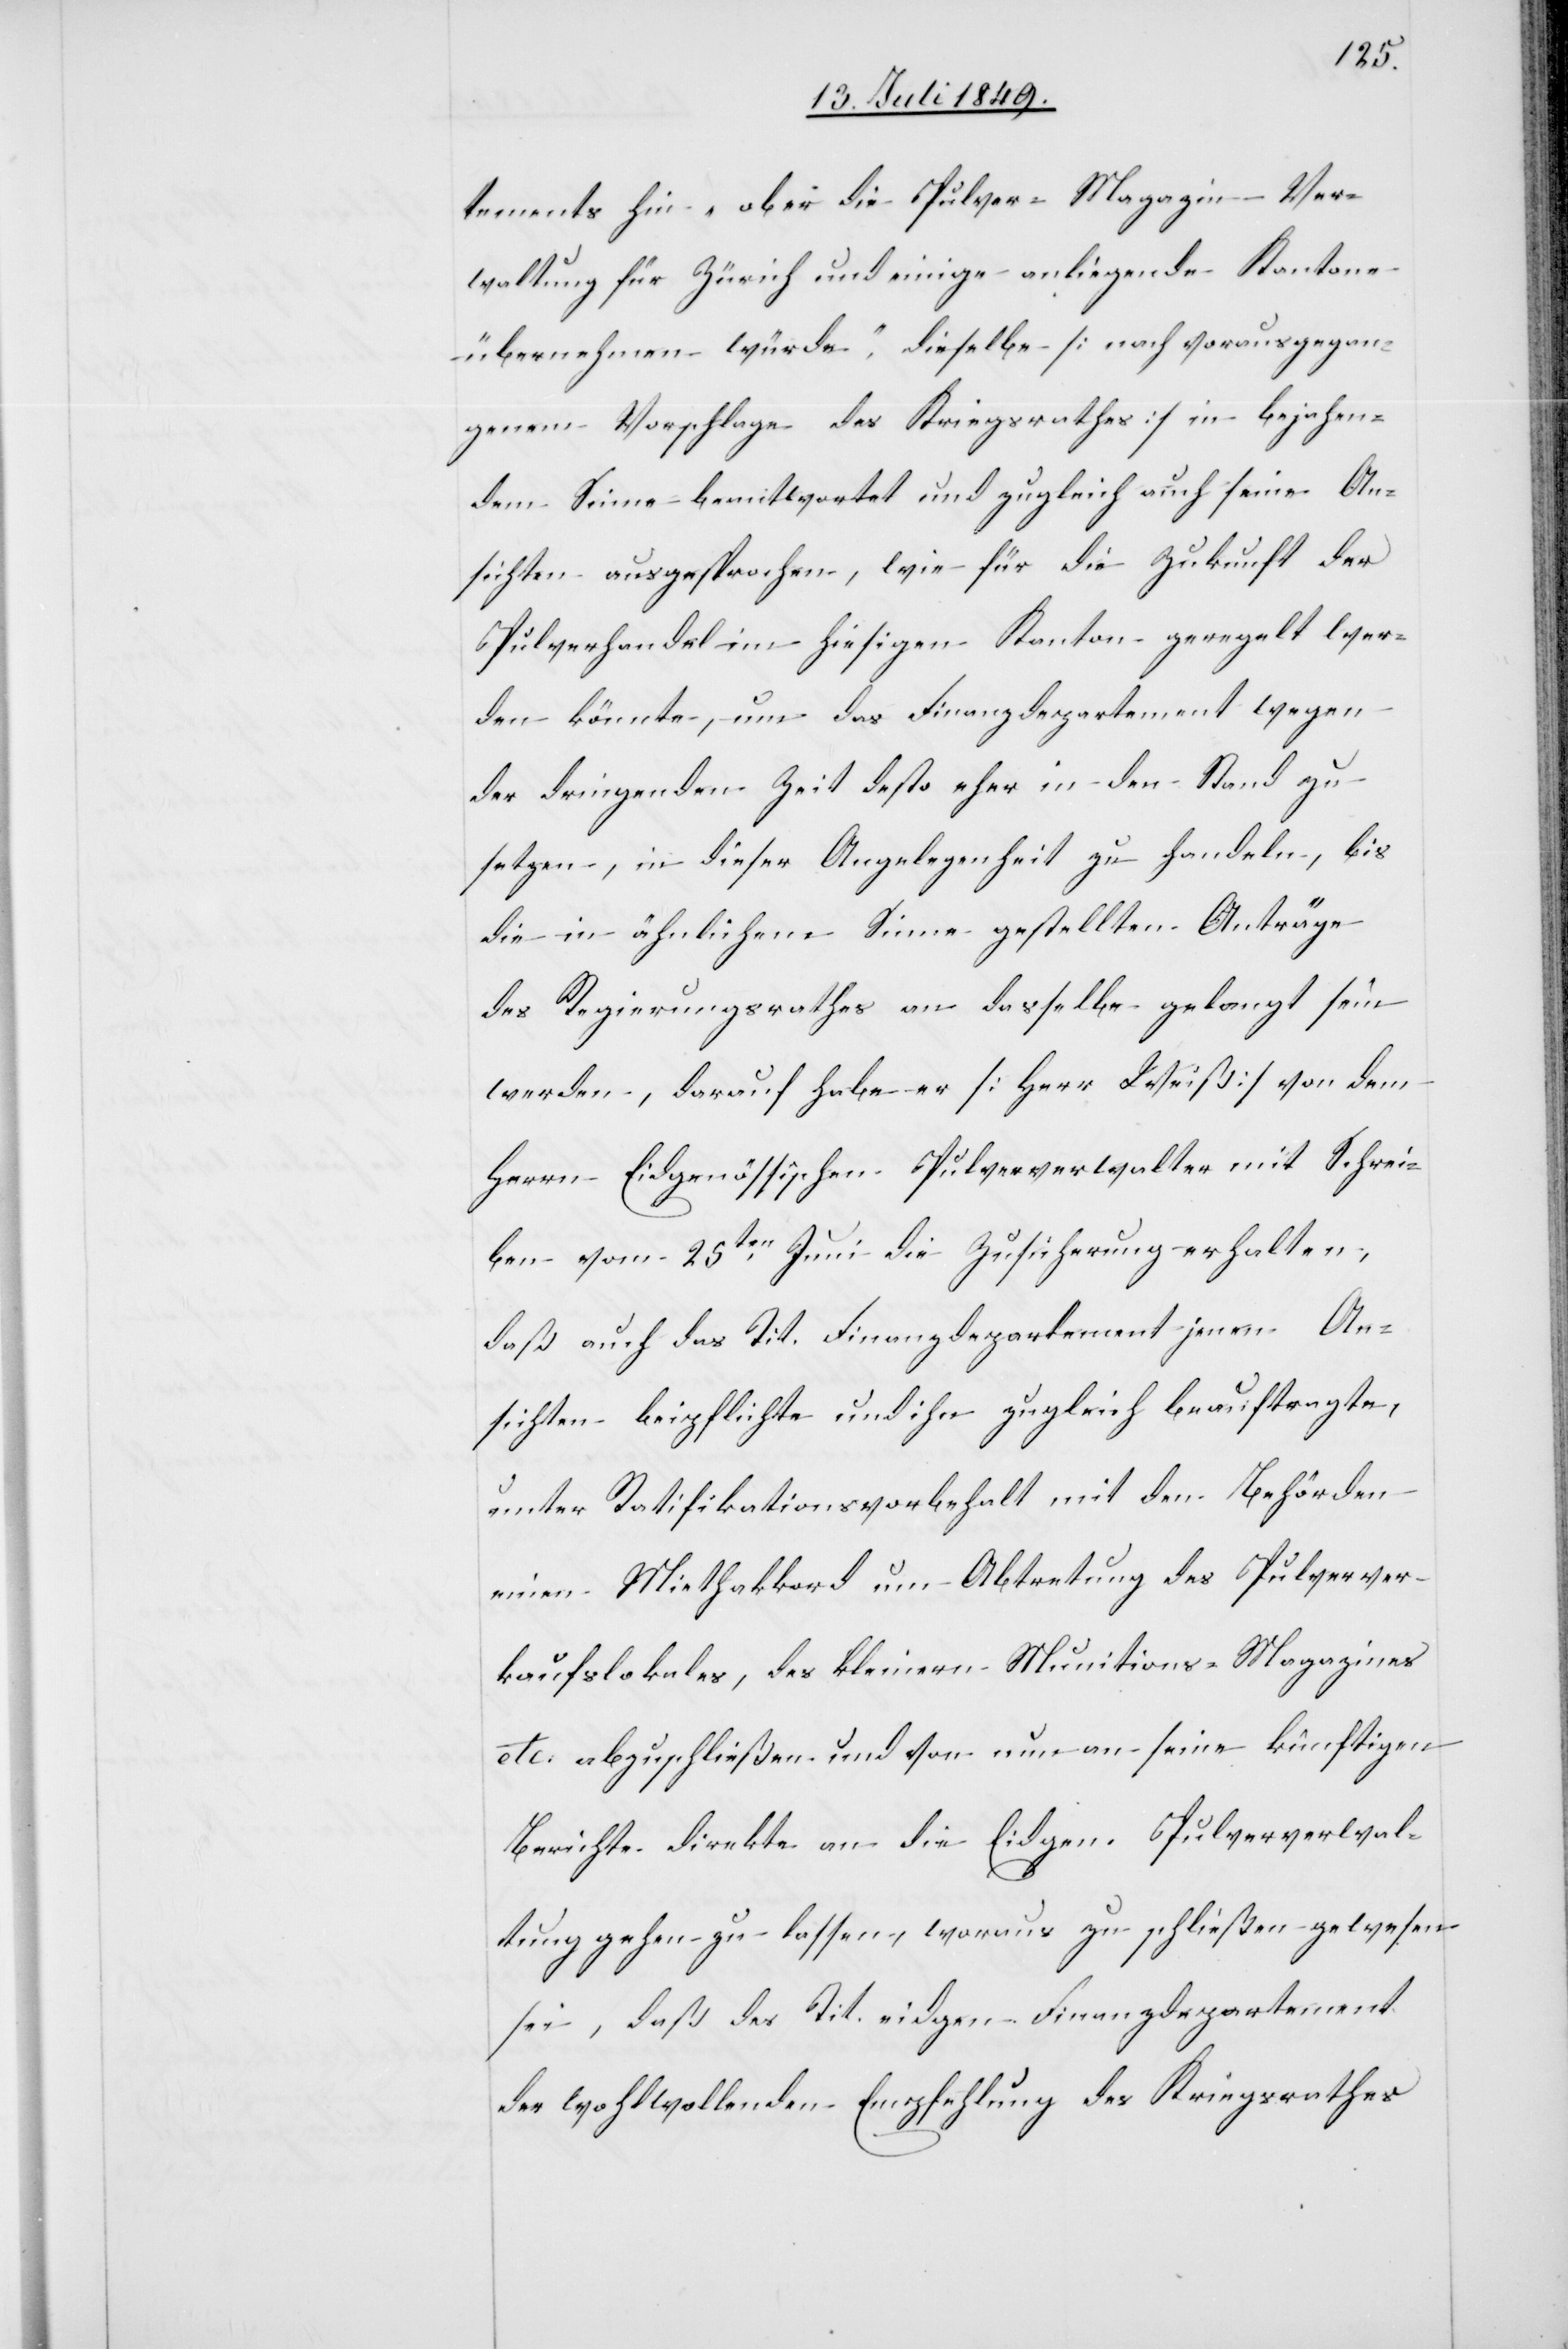
tements hin „ob er die Pulver-Magazin-Ver¬
waltung für Zürich und einige anliegende Kantone
übernehmen würde“, dieselbe [nach vorausgegan¬
genem Vorschlage des Kriegsrathes] in bejahen¬
dem Sinne beantwortet und zugleich auch seine An¬
sichten ausgesprochen, wie für die Zukunft der
Pulverhandel im hiesigen Kanton geregelt wer¬
den könnte, um das Finanzdepartement wegen
der dringenden Zeit desto eher in den Stand zu
setzen, in dieser Angelegenheit zu handeln, bis
die in ähnlichem Sinne gestellten Anträge
des Regierungsrathes an dasselbe gelangt sein
werden, darauf habe er [Herr Weiß] von dem
Herrn Eidgenössischen Pulververwalter mit Schrei¬
ben vom 25ten Juni die Zusicherung erhalten,
daß auch das Tit. Finanzdepartement jenen An¬
sichten beipflichte und ihn zugleich beauftragte,
unter Ratifikationsvorbehalt mit den Behörden
einen Miethakkord um Abtretung des Pulverver¬
kaufslokales, des kleinen Munitions-Magazines
etc. abzuschließen und von nun an seine künftigen
Berichte direkte an die Eidgen. Pulververwal¬
tung gehen zu lassen, woraus zu schließen gewesen
sei, daß des Tit. eidgen. Finanzdepartement
der wohlwollenden Empfehlung des Kriegsrathes